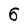
Character: 6